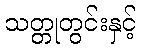
သတ္တုတွင်းနှင့်